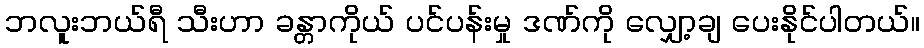
ဘလူးဘယ်ရီ သီးဟာ ခန္တာကိုယ် ပင်ပန်းမှု ဒဏ်ကို လျှော့ချ ပေးနိုင်ပါတယ်။